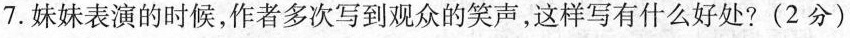
7.妹妹表演的时候。作者多次写到观众的笑声，这样写有什么好处?(2分)